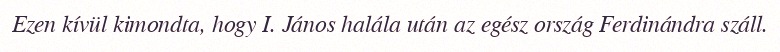
Ezen kívül kimondta, hogy I. János halála után az egész ország Ferdinándra száll.